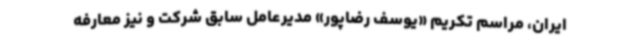
ایران، مراسم تکریم «یوسف رضاپور» مدیرعامل سابق شرکت و نیز معارفه